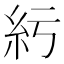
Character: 䊸